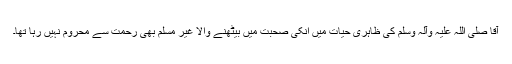
آقا صلی اللہ علیہ وآلہ وسلم کی ظاہری حیات میں انکی صحبت میں بیٹھنے والا غیر مسلم بھی رحمت سے محروم نہیں رہا تھا۔